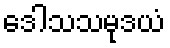
ဒေါသသမုဒယံ